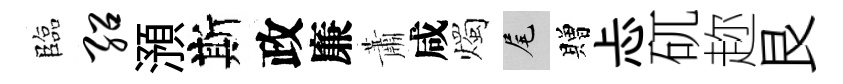
臨绍澦斯政廉蕭咸燭尾贈忐矹趂艮